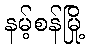
နမ့်စန်မြို့